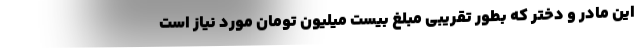
این مادر و دختر که بطور تقریبی مبلغ بیست میلیون تومان مورد نیاز است